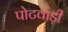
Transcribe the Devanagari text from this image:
पोटवाड़ी